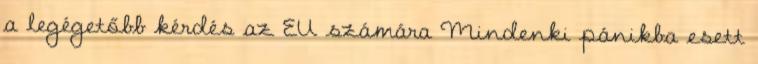
a legégetőbb kérdés az EU számára Mindenki pánikba esett